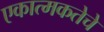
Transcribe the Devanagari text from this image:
एकात्मकतेचे